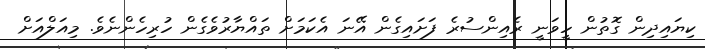
ކިޔައިދިން ގޮތުން ހީވަނީ ރެއިންސުރެ ފަށައިގެން އޭނަ އެކަމަށް ތައްޔާރުވެގެން ހުރިހެންނެވެ. މިއަލްއަށް